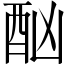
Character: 酗